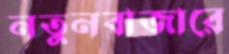
নতুনবাজারে